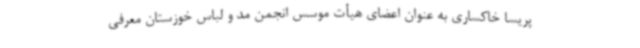
پریسا خاکساری به عنوان اعضای هیأت موسس انجمن مد و لباس خوزستان معرفی